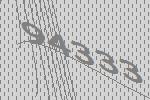
94333